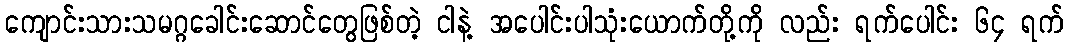
ကျောင်းသားသမဂ္ဂခေါင်းဆောင်တွေဖြစ်တဲ့ ငါနဲ့ အပေါင်းပါသုံးယောက်တို့ကို လည်း ရက်ပေါင်း ၆၄ ရက်